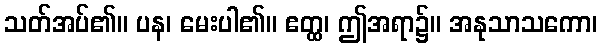
သတ်အပ်၏။ ပန၊ မေးပါ၏။ ဧတ္ထ၊ ဤအရာ၌။ အနုသာသကော၊